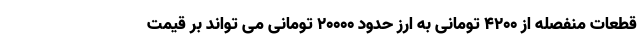
قطعات منفصله از 4200 تومانی به ارز حدود 20000 تومانی می تواند بر قیمت